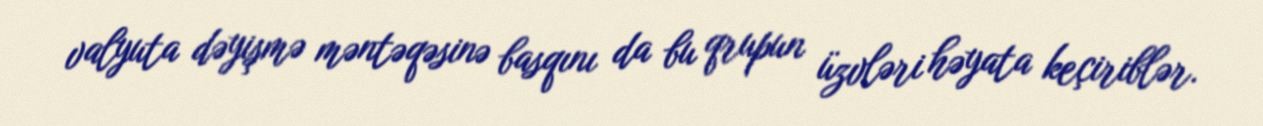
valyuta dəyişmə məntəqəsinə basqını da bu qrupun üzvləri həyata keçiriblər.